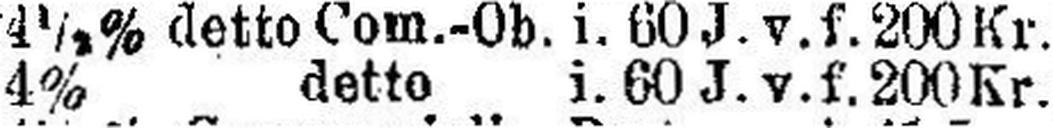
4% detto i. 60 J. v. f. 200 Kr.